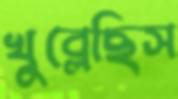
খুব্‌লেছিস